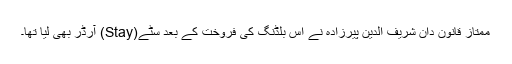
ممتاز قانون دان شریف الدین پیرزادہ نے اس بلڈنگ کی فروخت کے بعد سٹے(Stay) آرڈر بھی لیا تھا۔